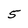
Character: 5